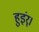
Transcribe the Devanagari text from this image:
हुइंर्।